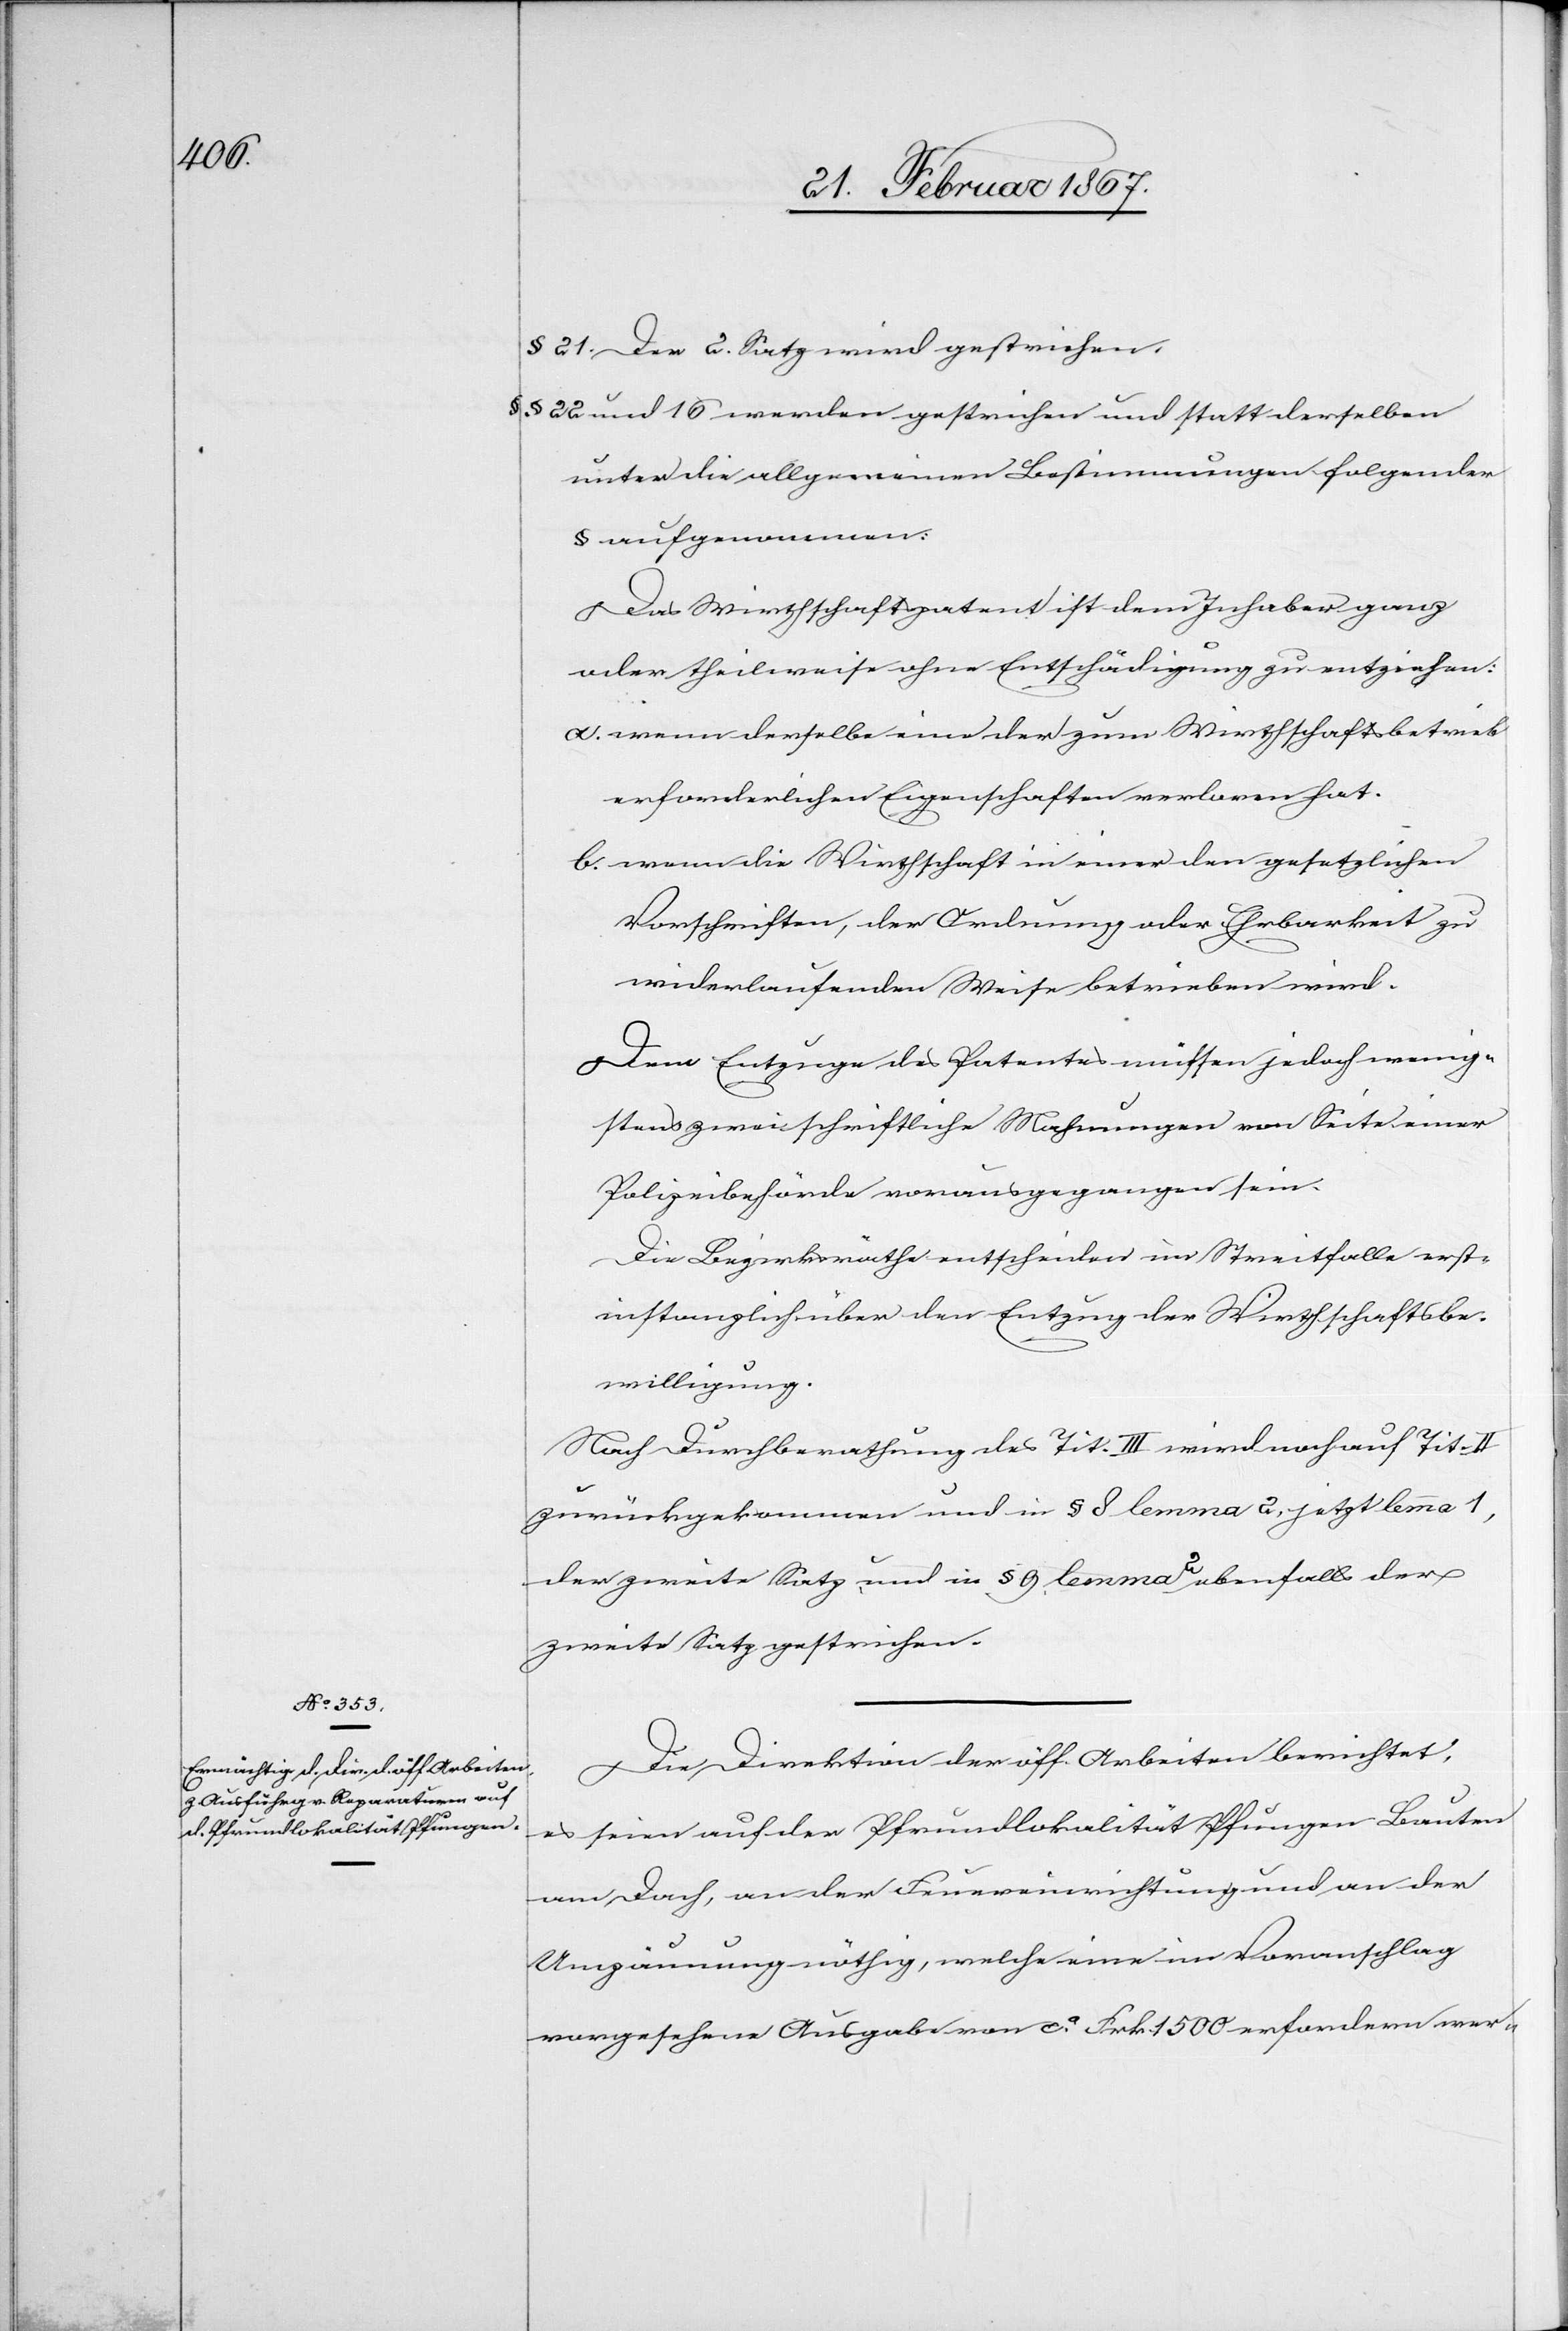
§ 21 Der 2. Satz wird gestrichen.
§§ 22 und 16 werden gestrichen und statt derselben
unter die allgemeinen Bestimmungen folgender
§ aufgenommen:
Das Wirthschaftspatent ist dem Inhaber ganz
oder theilweise ohne Entschädigung zu entziehen:
a. wenn derselbe eine der zum Wirthschaftsbetrieb
erforderlichen Eigenschaften verloren hat.
b. wenn die Wirthschaft in einer den gesetzlichen
Vorschriften, der Ordnung oder Ehrbarkeit zu
widerlaufenden Weise betrieben wird.
Dem Entzuge des Patentes müssen jedoch wenig¬
stens zwei schriftliche Mahnungen von Seite einer
Polizeibehörde vorausgegangen sein.
Die Bezirksräthe entscheiden im Streitfalle erst¬
instanzlich über den Entzug der Wirthschaftsbe¬
willigung.
Nach Durchberathung des Tit. III wird noch auf Tit. II
zurückgekommen und in § 8 lemma 2, jetzt lemma 1,
der zweite Satz und in § 9 lemma 2 ebenfalls der
zweite Satz gestrichen.
Die Direktion der öff. Arbeiten berichtet,
es seien auf der Pfrundlokalität Pfungen Bauten
am Dach, an der Feuereinrichtung und an der
Umzäunung nöthig, welche eine im Voranschlag
vorgesehene Ausgabe von ca. Frk. 1500 erfordern wer-